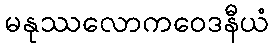
မနုဿလောကဝေဒနီယံ